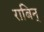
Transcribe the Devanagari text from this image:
राबिन्‌